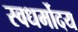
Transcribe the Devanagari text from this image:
स्वधर्मोदय